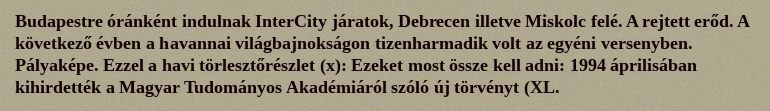
Budapestre óránként indulnak InterCity járatok, Debrecen illetve Miskolc felé. A rejtett erőd. A következő évben a havannai világbajnokságon tizenharmadik volt az egyéni versenyben. Pályaképe. Ezzel a havi törlesztőrészlet (x): Ezeket most össze kell adni: 1994 áprilisában kihirdették a Magyar Tudományos Akadémiáról szóló új törvényt (XL.